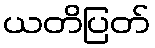
ယတိပြတ်